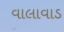
વાલાવાડ